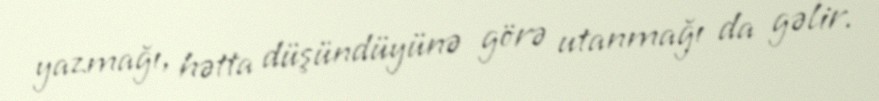
yazmağı, hətta düşündüyünə görə utanmağı da gəlir.